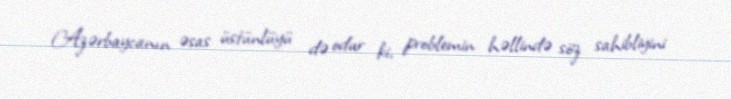
Azərbaycanın əsas üstünlüyü də odur ki, problemin həllində söz sahibliyini